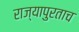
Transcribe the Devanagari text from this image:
राज्यापुरताच